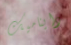
دايناميك